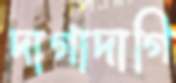
দাগাদাগি